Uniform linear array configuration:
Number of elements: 16
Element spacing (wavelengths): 0.25
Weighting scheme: hamming
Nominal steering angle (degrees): -30
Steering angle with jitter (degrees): -30.321
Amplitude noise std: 0.05
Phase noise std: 0.05

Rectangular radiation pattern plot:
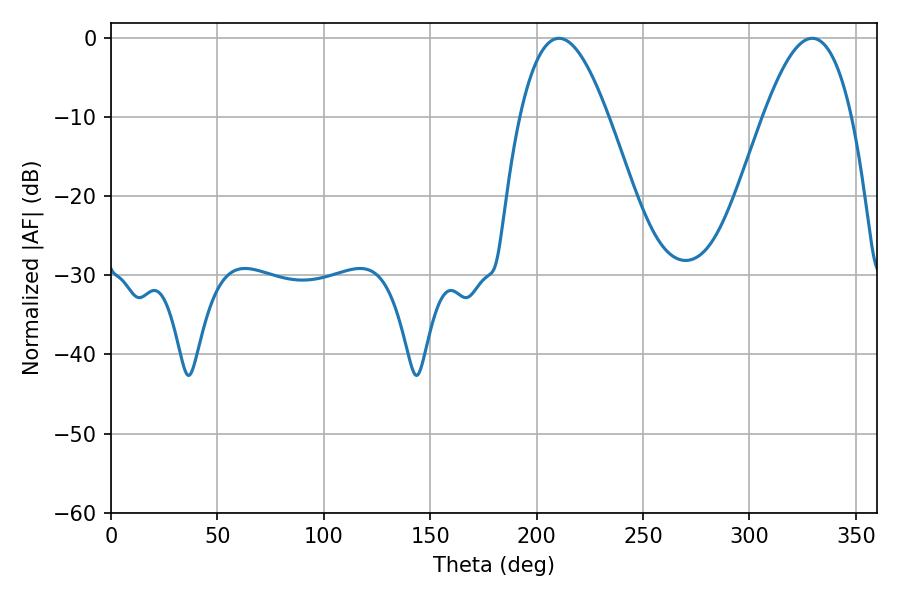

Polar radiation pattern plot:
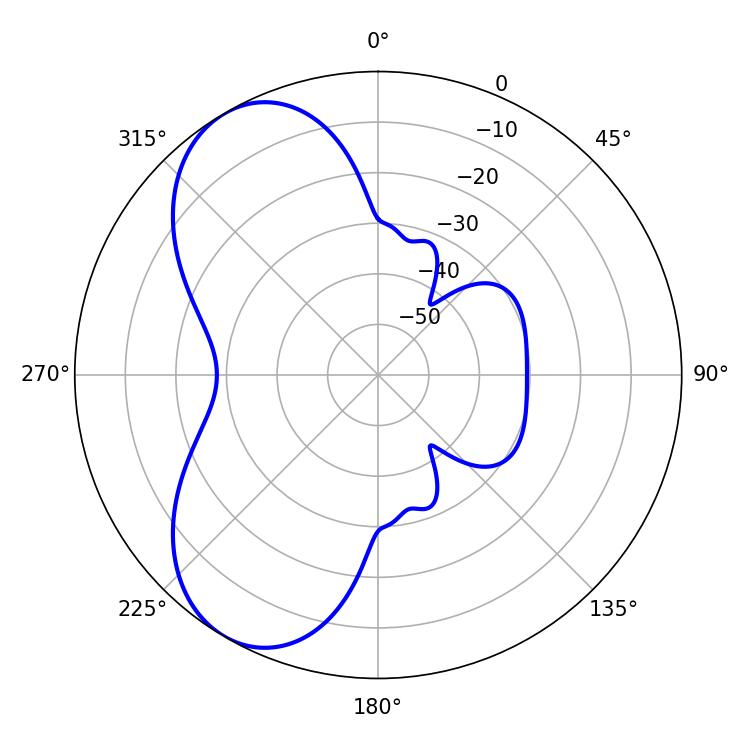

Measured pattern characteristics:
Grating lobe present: FALSE
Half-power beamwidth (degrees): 22.68
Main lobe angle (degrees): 210.42